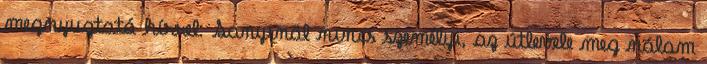
megnyugtató hírrel: Sanyinál nincs személyi, az útlevele meg nálam